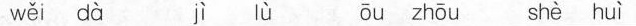
wěi dà jì lù ōu zhōu shè huì